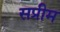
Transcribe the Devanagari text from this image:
सप्रीम